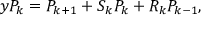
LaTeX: y P _ { k } = P _ { k + 1 } + S _ { k } P _ { k } + R _ { k } P _ { k - 1 } ,